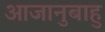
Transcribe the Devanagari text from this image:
आजानुबाहु